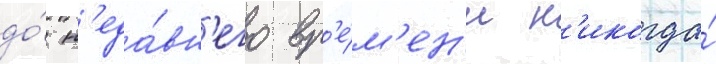
до́ н'еда́вн'его вр'е́м'ен'и н'икогда́